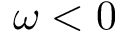
\omega < 0